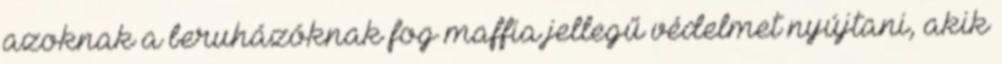
azoknak a beruházóknak fog maffia jellegű védelmet nyújtani, akik